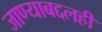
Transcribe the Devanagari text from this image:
जाण्याबद्दलही